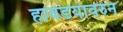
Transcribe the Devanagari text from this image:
हावडयावरुन